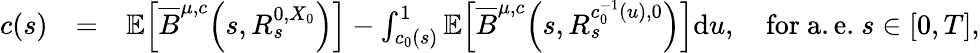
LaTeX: \begin{array}{rlr}{c(s)}&{=}&{\mathbb{E}\Big[\overline{{B}}^{\mu,c}\Big(s,R_{s}^{0,X_{0}}\Big)\Big]-\int_{c_{0}(s)}^{1}\mathbb{E}\Big[\overline{{B}}^{\mu,c}\Big(s,R_{s}^{c_{0}^{-1}(u),0}\Big)\Big]\mathrm{d}u,\quad\mathrm{for~a.e.}~s\in[0,T],}\end{array}